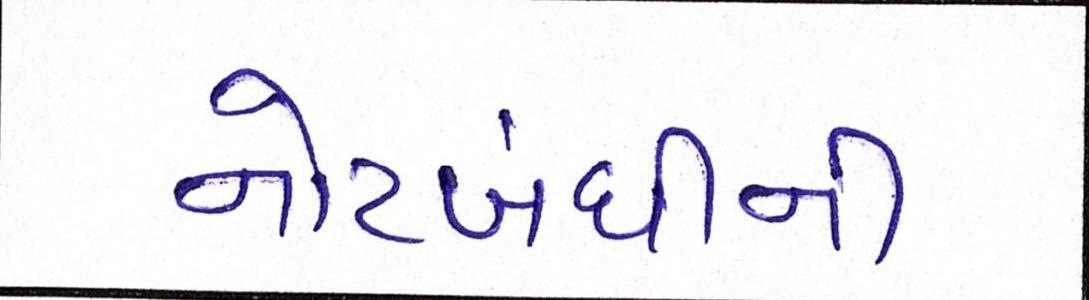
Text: નોટબંધીની